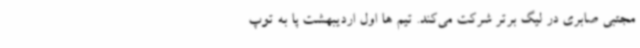
مجتبی صابری در لیگ برتر شرکت می‌کند. تیم ها اول اردیبهشت پا به توپ